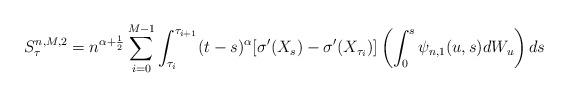
LaTeX: \begin{align*} S^{n,M,2} _\tau = n^{\alpha+\frac 12} \sum_{i=0} ^{M-1} \int_{\tau_i} ^{\tau_{i+1}} (t-s)^\alpha [\sigma'(X_s)- \sigma'(X_{\tau_i})] \left( \int_0^s \psi_{n,1}(u,s) dW_u \right) ds\end{align*}